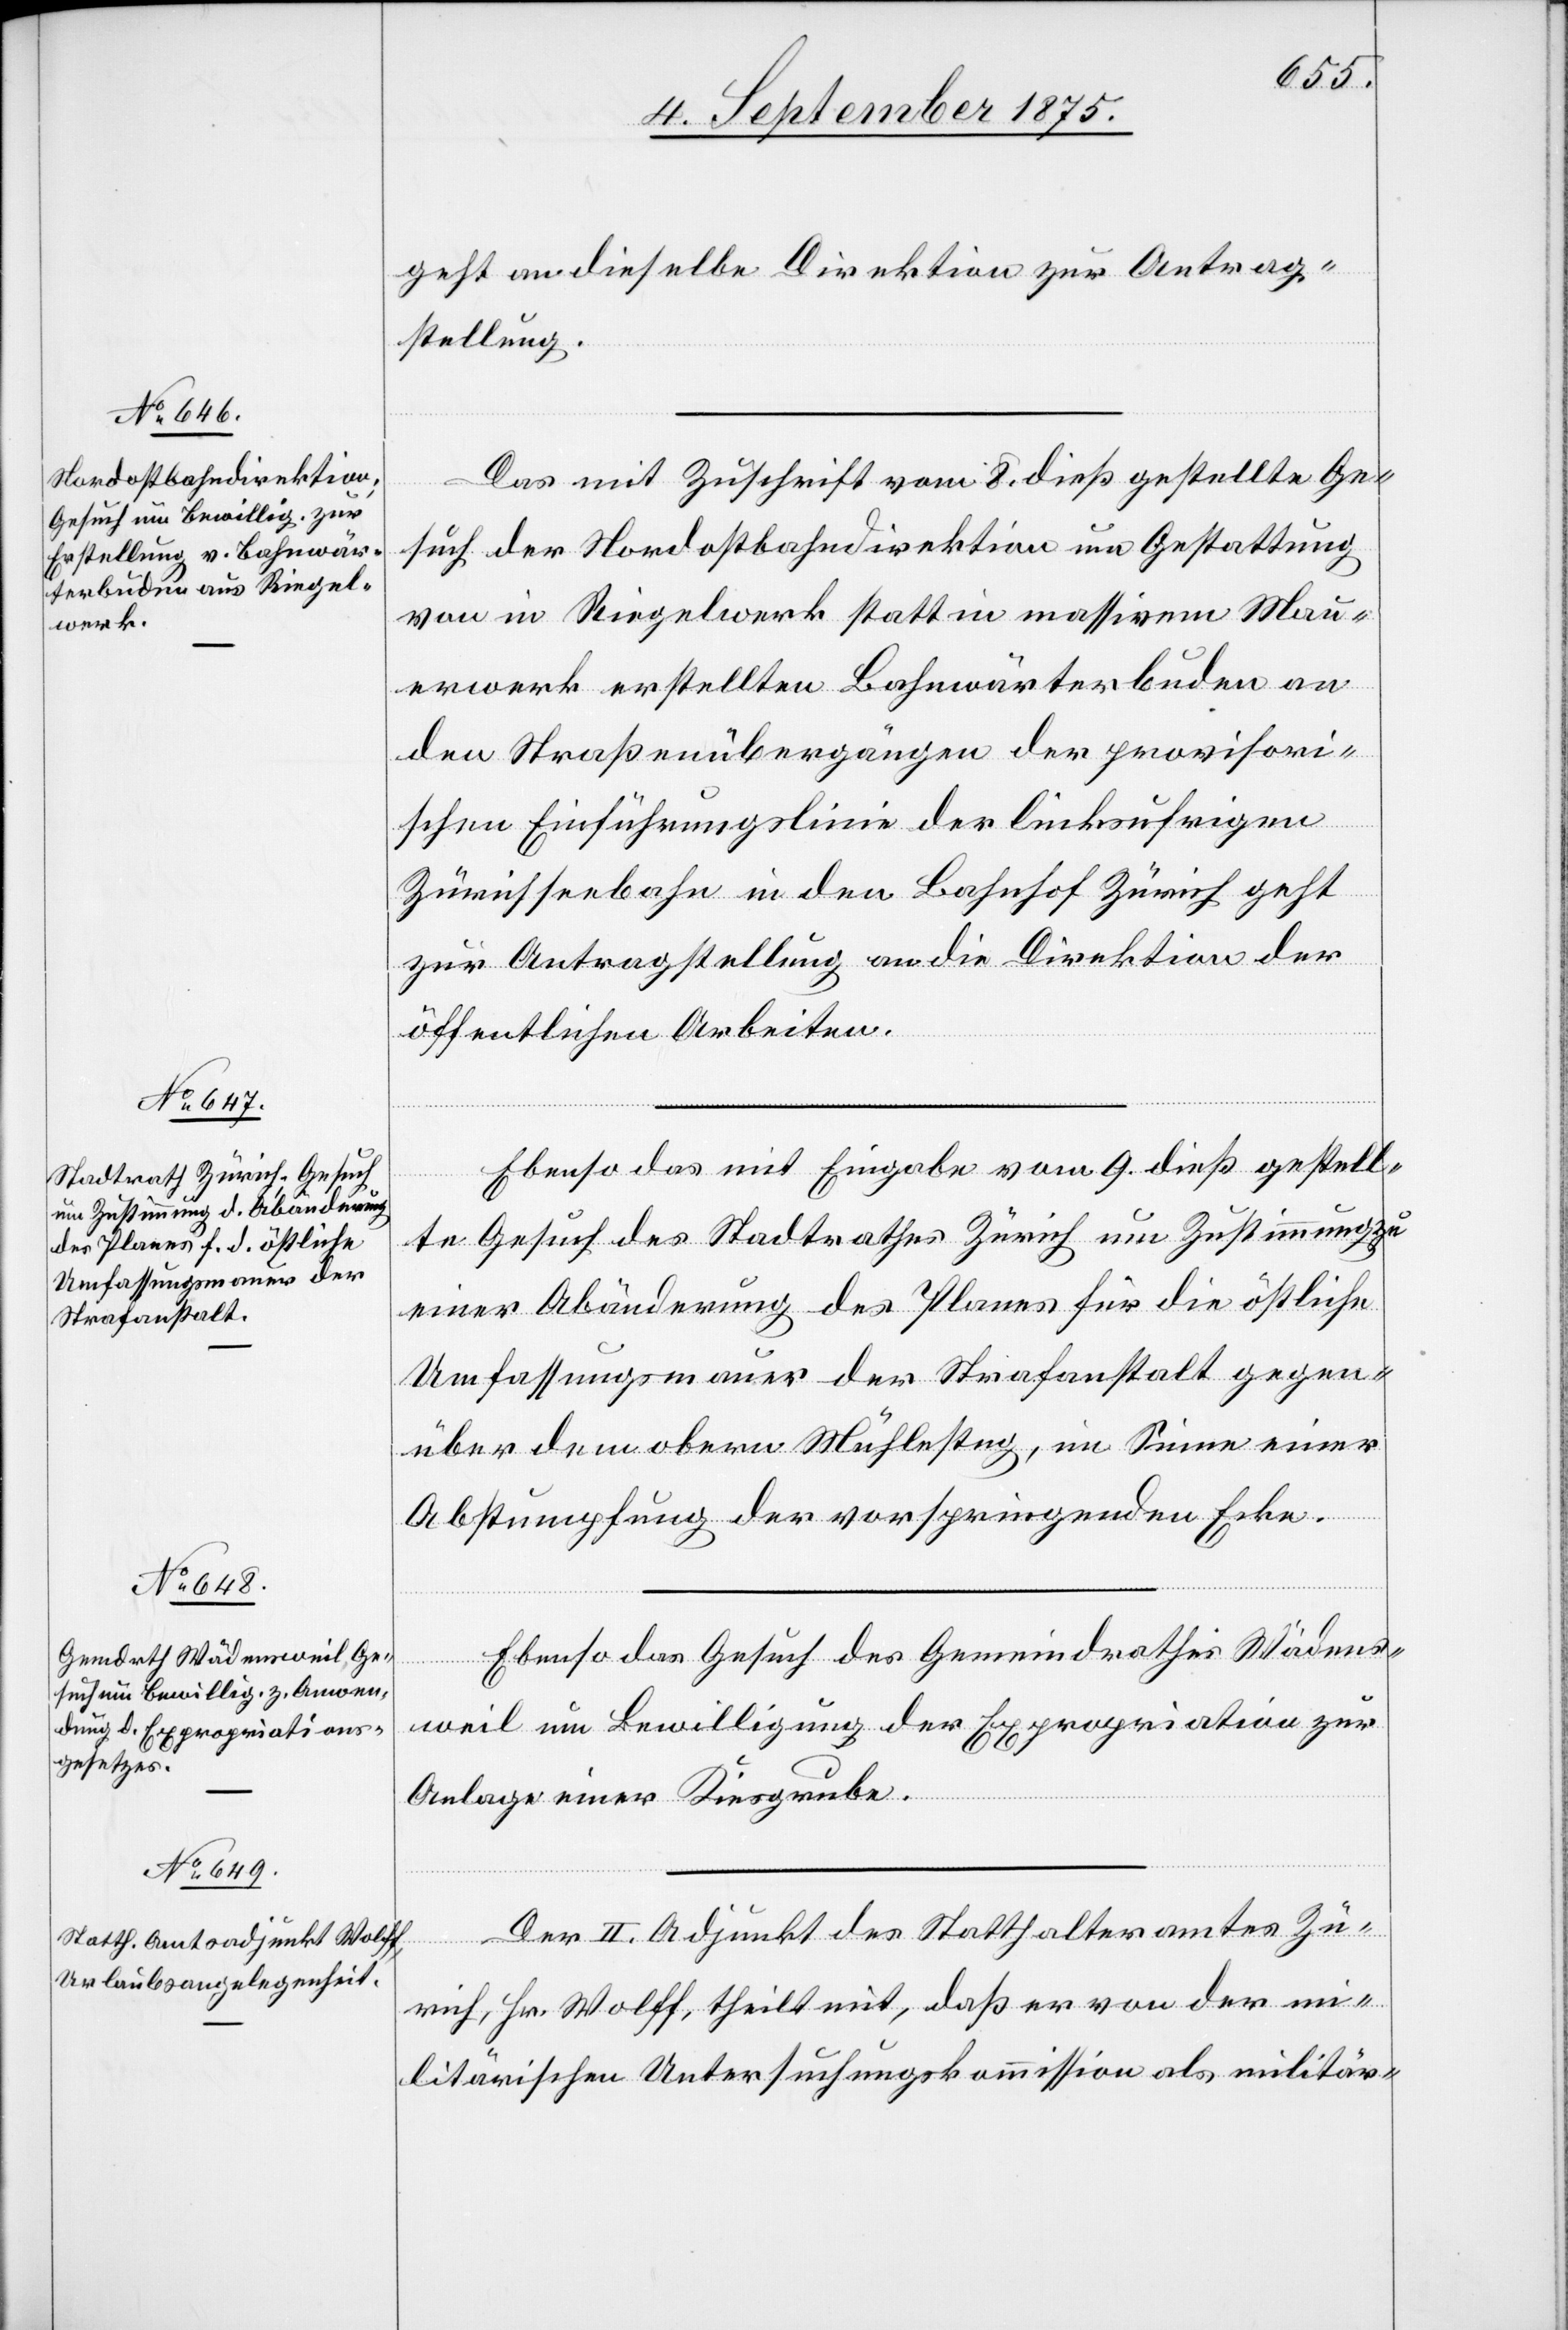
11. September 1875.]
geht an dieselbe Direktion zur Antrag¬
stellung.
Das mit Zuschrift vom 8. dieß gestellte Ge¬
such der Nordostbahndirektion um Gestattung
von in Riegelwerk statt in massivem Mau¬
erwerk erstellten Bahnwärterbuden an
den Straßenübergängen der provisori¬
schen Einführungslinie der linksufrigen
Zürichseebahn in den Bahnhof Zürich geht
zur Antragstellung an die Direktion der
öffentlichen Arbeiten.
Ebenso das mit Eingabe vom 9. dieß gestell¬
te Gesuch des Stadtrathes Zürich um Zustimmung zu
einer Abänderung des Planes für die östliche
Umfassungsmauer der Strafanstalt gegen¬
über dem obern Mühlesteg, im Sinne einer
Abstumpfung der vorspringenden Ecke.
Ebenso das Gesuch des Gemeindrathes Wädens¬
weil um Bewilligung der Expropriation zur
Anlage einer Kiesgrube.
Der II. Adjunkt des Statthalteramtes Zü¬
rich, Hr. Wolff, theilt mit, daß er von der mi¬
litärischen Untersuchungskommission als militär-